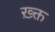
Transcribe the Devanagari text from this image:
ख़्क्त